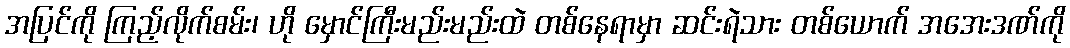
အပြင်ကို ကြည့်လိုက်စမ်း၊ ဟို မှောင်ကြီးမည်းမည်းထဲ တစ်နေရာမှာ ဆင်းရဲသား တစ်ယောက် အအေးဒဏ်ကို